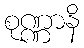
စုဏ္ဏာနိ